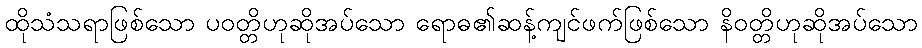
ထိုသံသရာဖြစ်သော ပဝတ္တိဟုဆိုအပ်သော ရောဓ၏ဆန့်ကျင်ဖက်ဖြစ်သော နိဝတ္တိဟုဆိုအပ်သော